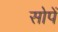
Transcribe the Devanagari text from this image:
सोपें